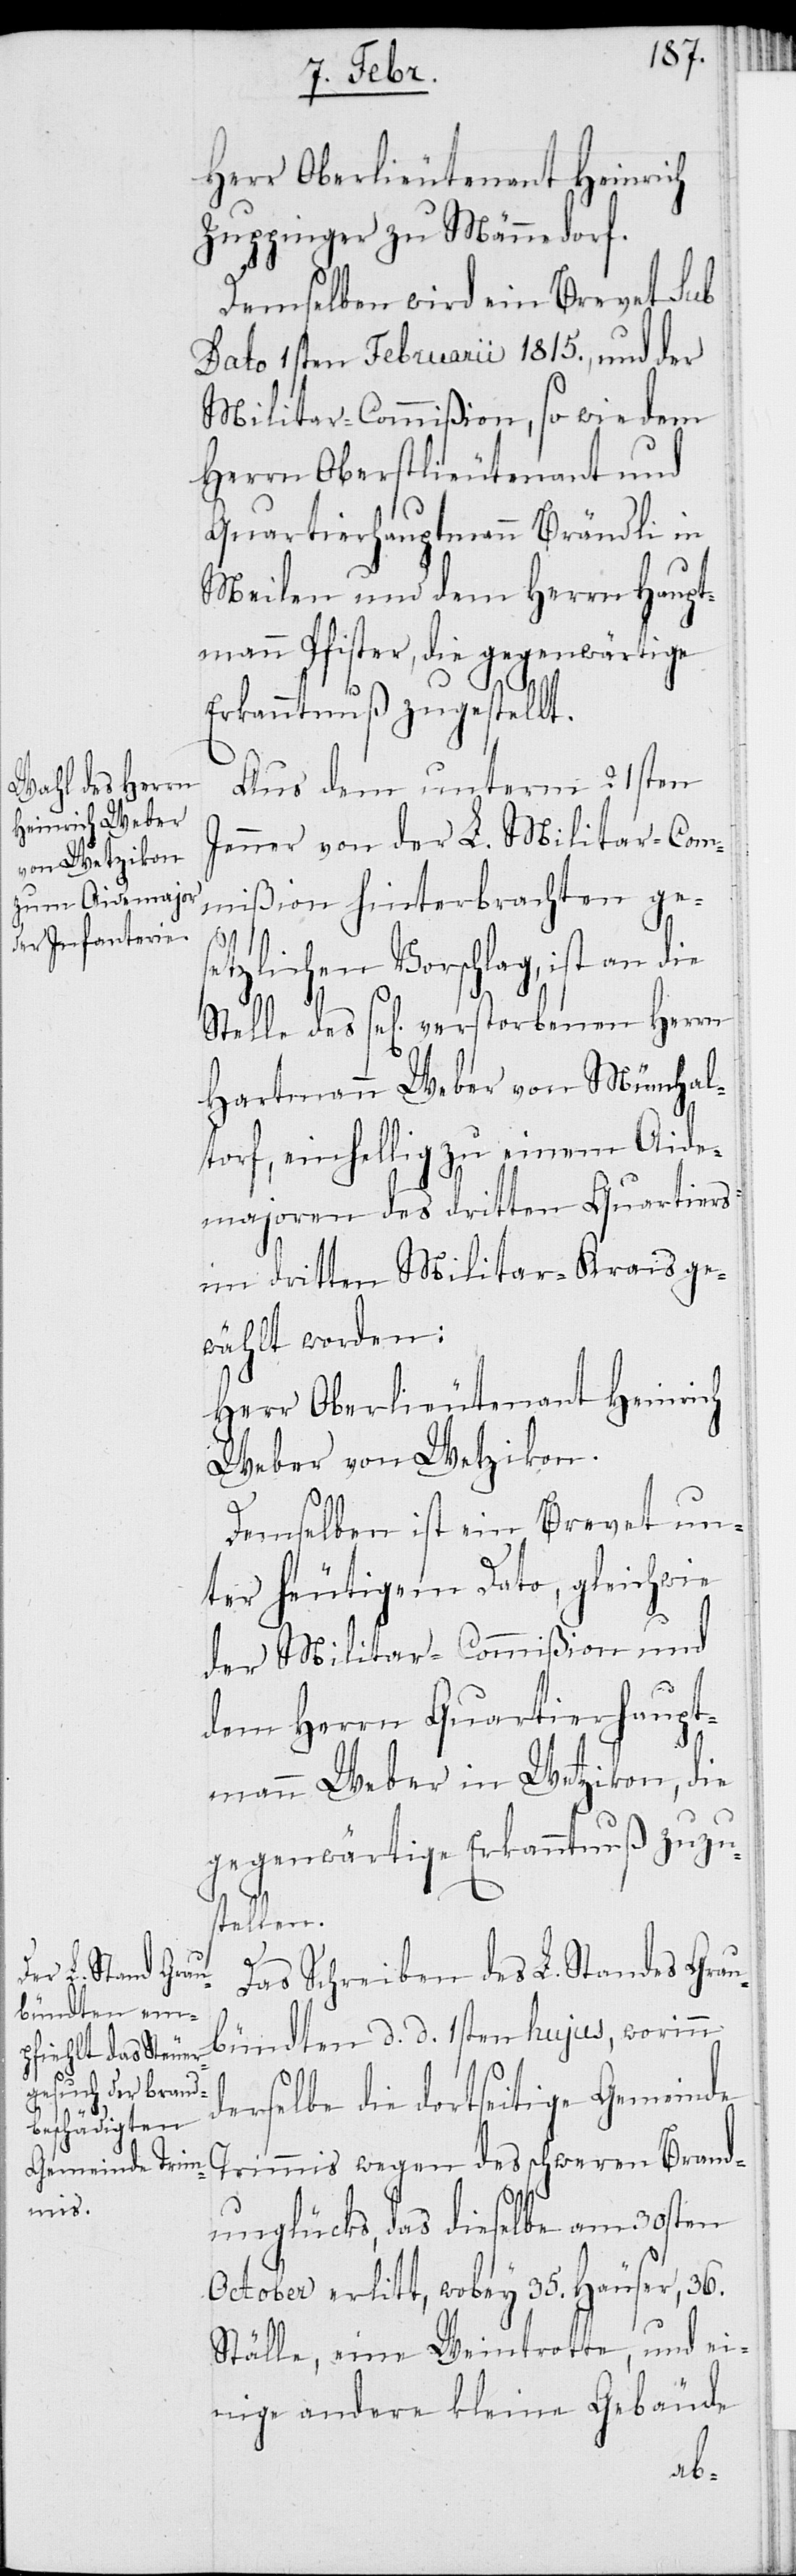
Herr Oberlieutenant Heinrich
Zuppinger zu Männedorf.
Demselben wird ein Brevet Sub
Dato 1sten Februarii 1815., und der
Militar-Commißion, so wie dem
Herrn Oberstlieutenant und
Quartierhauptmann Brändli in
Meilen und dem Herrn Haupt¬
mann Pfister, die gegenwärtige
Erkanntnuß zugestellt.
Aus dem unterm 21sten
Jenner von der L. Militar-Com¬
mißion hinterbrachten ge¬
setzlichen Vorschlag, ist an die
des sel[igen] verstorbenen Herrn
Hartmann Weber von Münchal¬
torf, einhellig zu einem Aide¬
majoren des dritten Quartiers
im dritten Militar-Krais ge¬
wählt worden:
Herr Oberlieutenant Heinrich
Weber von Wetzikon.
Demselben ist ein Brevet un¬
ter heutigem Dato, gleichwie
der Militar-Commißion und
dem Herrn Quartierhaupt¬
mann Weber von Wetzikon, die
gegenwärtige Erkanntnuß zuzu¬
stellen.
Das Schreiben des L. Standes Grau¬
bündten d. d. 1sten hujus, worinn
derselbe die dortseitige Gemeinde
Trimmis wegen des schweren Brand¬
unglücks, das dieselbe am 30sten
October erlitt, wobey 35. Häuser, 36.
Ställe, eine Weintrotte, und ei¬
nige andere kleine Gebäude